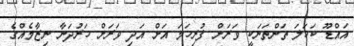
އައްޑޫ ކަހަލަ ތަންތަނަކީ ވަރަށް ފުރިހަމަ އަށް އަދި ވަރަށް ހަރުދަނާ ނިޒާމެއްގެ